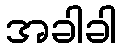
အခါခါ